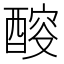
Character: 䤇